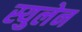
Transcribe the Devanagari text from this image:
स्युलेन